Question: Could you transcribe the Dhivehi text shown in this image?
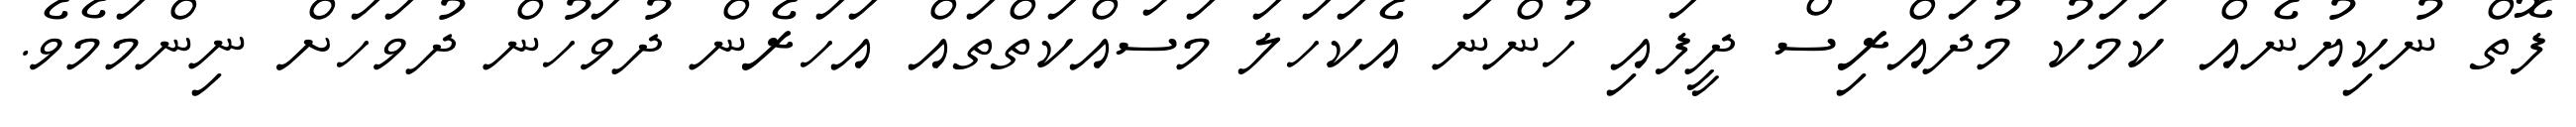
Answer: ފޮތް ނުކިޔުނެއް ކަމަކު މުދައްރިސް ދީފައި ހުންނަ އެކަހަލަ މަސައްކަތްތައް އަހަރެން ދުވަހުން ދުވަހަށް ނިންމަމެވެ.